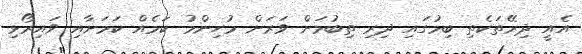
އެއީ ދިރޭތަކެތި ބިމުގައި ދިރި ތިބުމަށް ވަރަށް މުހިންމު ކަމެއް ކަމަށާއި ވައިރޯޅި